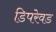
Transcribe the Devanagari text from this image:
डिपरेवड